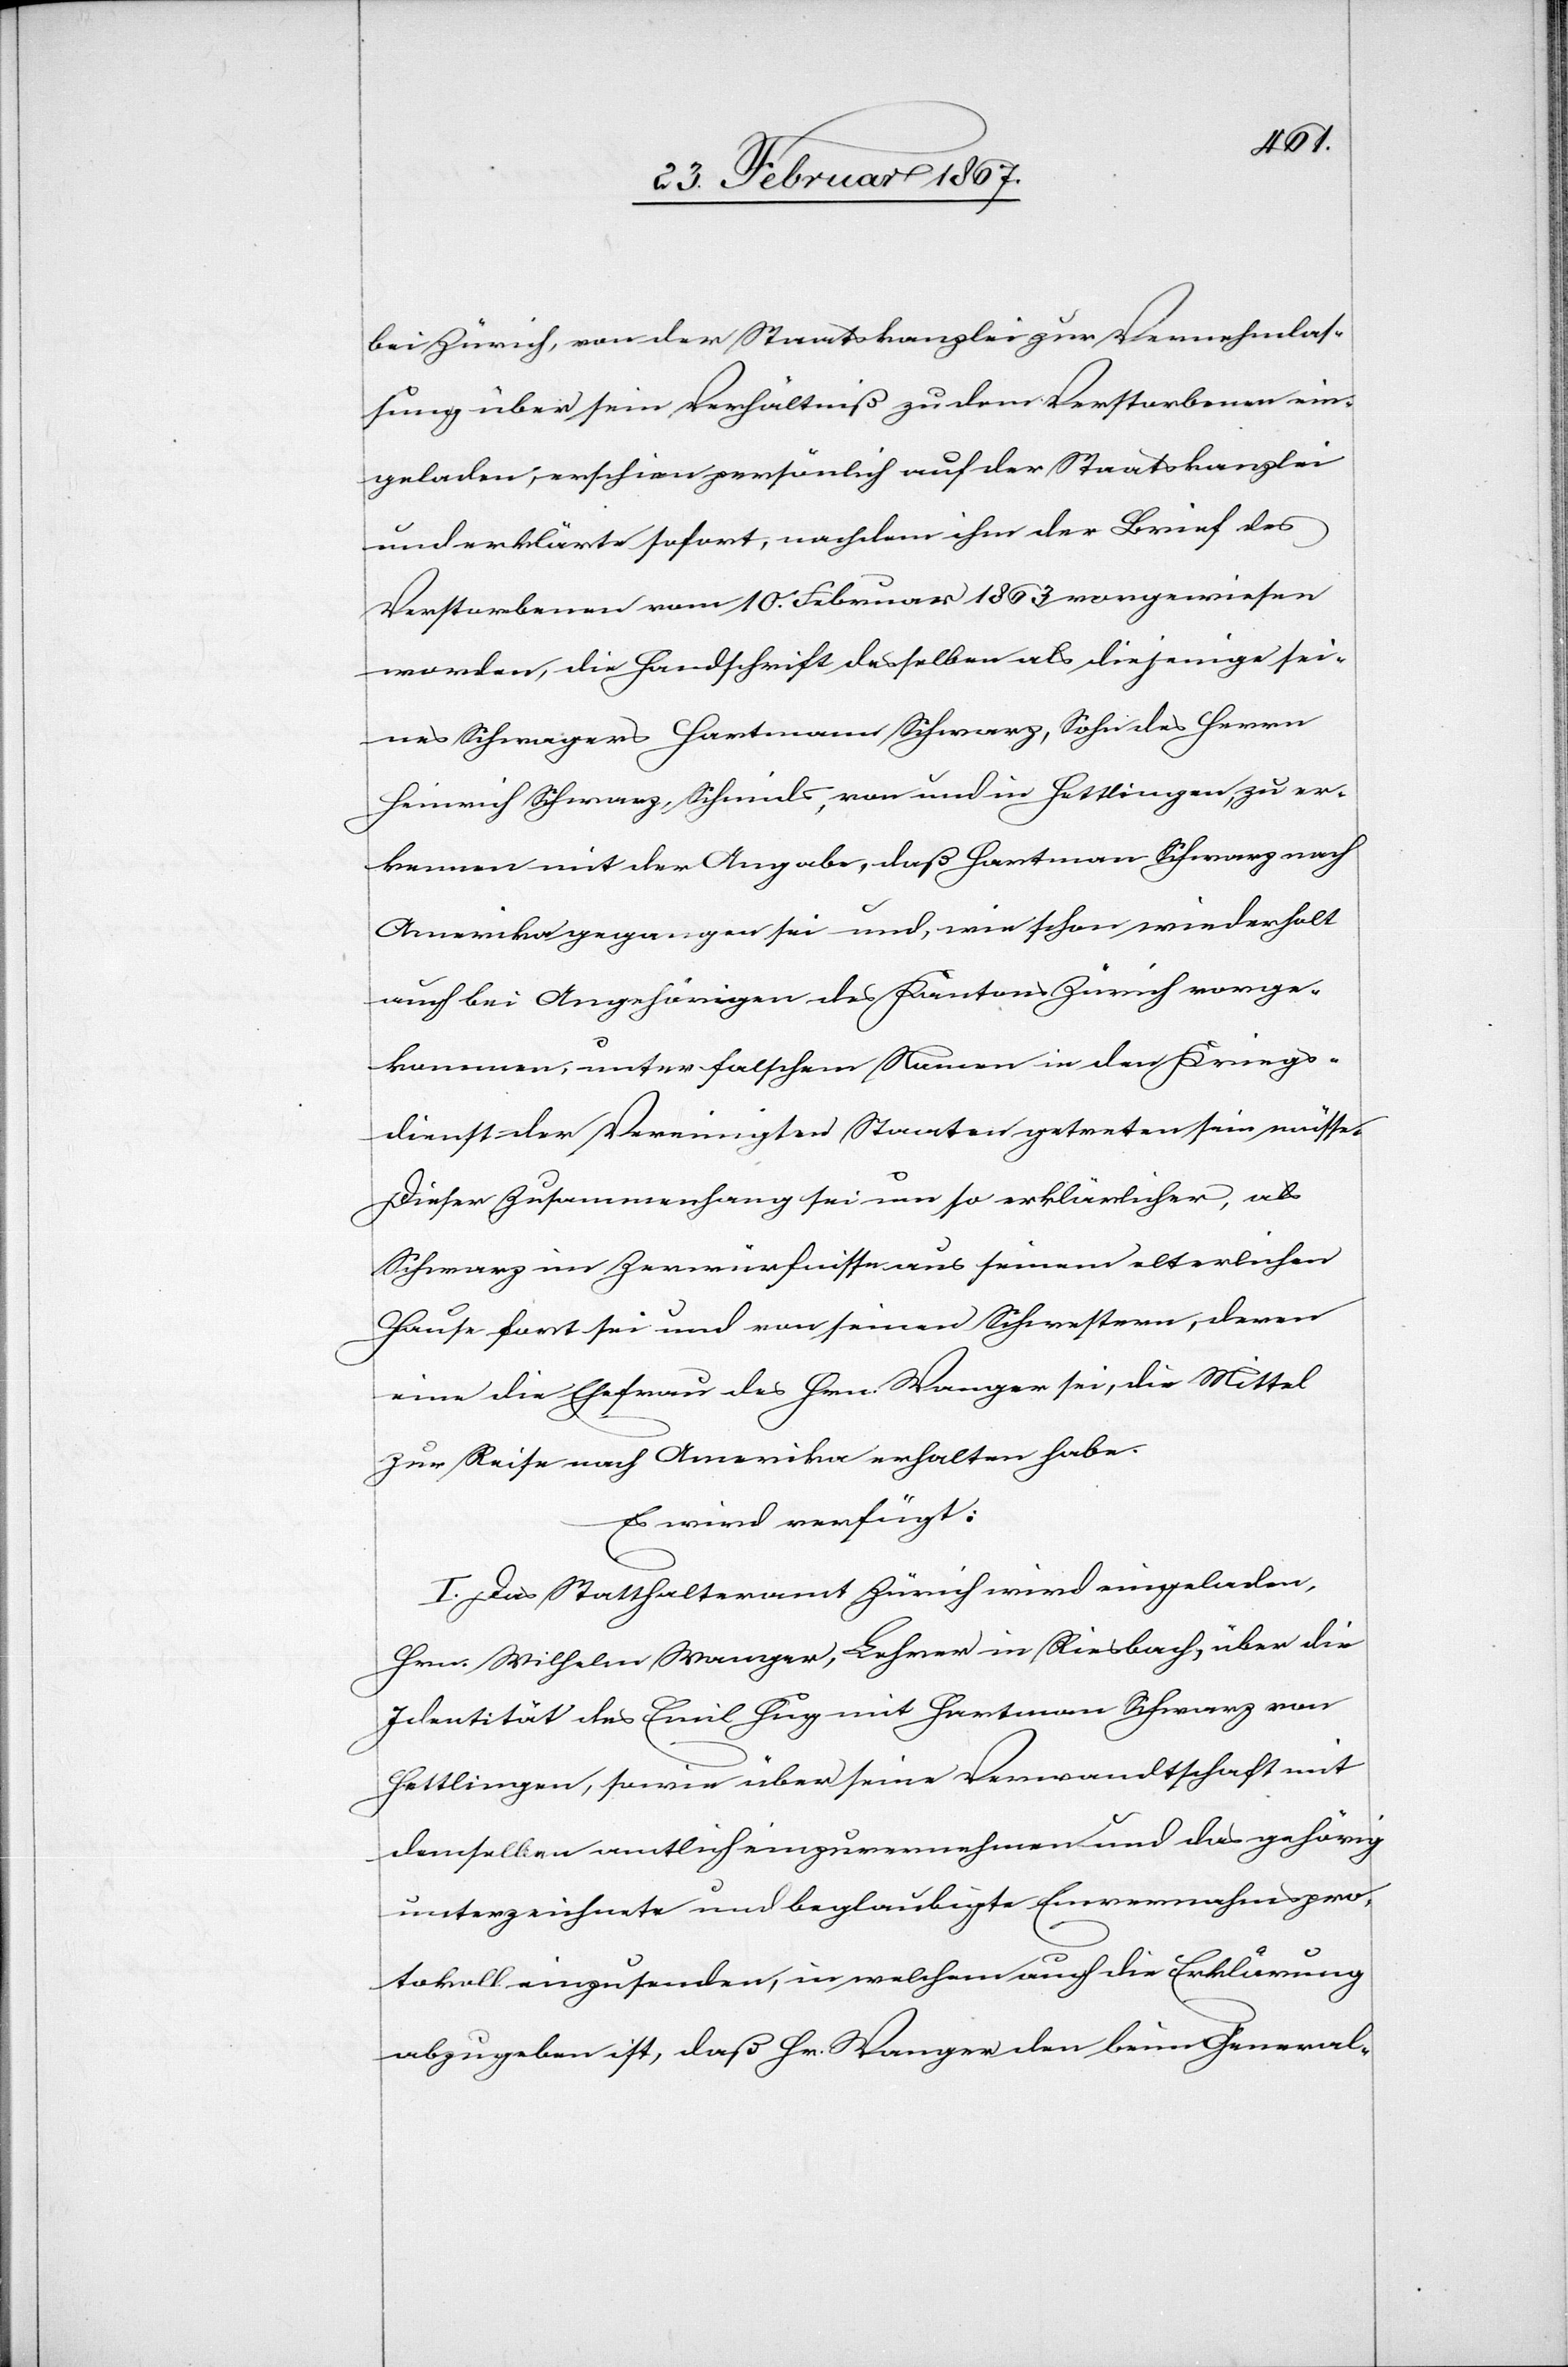
bei Zürich, von der Staatskanzlei zur Vernehmlas¬
sung über sein Verhältniß zu dem Verstorbenen ein¬
geladen, erschien persönlich auf der Staatskanzlei
und erklärte sofort, nachdem ihm der Brief des
Verstorbenen vom 10. Februar 1863 vorgewiesen
worden, die Handschrift desselben als diejenige sei¬
nes Schwagers Hartmann Schwarz, Sohn des Herrn
Heinrich Schwarz, Schmids, von und in Hettlingen, zu er¬
kennen mit der Angabe, daß Hartmann Schwarz nach
Amerika gegangen sei und, wie schon wiederholt
auch bei Angehörigen des Kantons Zürich vorge¬
kommen, unter falschem Namen in den Kriegs¬
dienst der Vereinigten Staaten getreten sein müsse.
Dieser Zusammenhang sei um so erklärlicher, als
Schwarz im Zerwürfnisse aus seinem elterlichen
Hause fort sei und von seinen Schwestern, deren
eine die Ehefrau des Hrn. Wanger sei, die Mittel
zur Reise nach Amerika erhalten habe.
Es wird verfügt:
I. Das Statthalteramt Zürich wird eingeladen,
Hrn. Wilhelm Wanger, Lehrer in Riesbach, über die
Identität des Emil Hug mit Hartmann Schwarz von
Hettlingen, sowie über seine Verwandtschaft mit
demselben amtlich einzuvernehmen und das gehörig
unterzeichnete und beglaubigte Einvernahmspro¬
tokoll einzureichen, in welchem auch die Erklärung
abzugeben ist, daß Hr. Wanger den beim General-